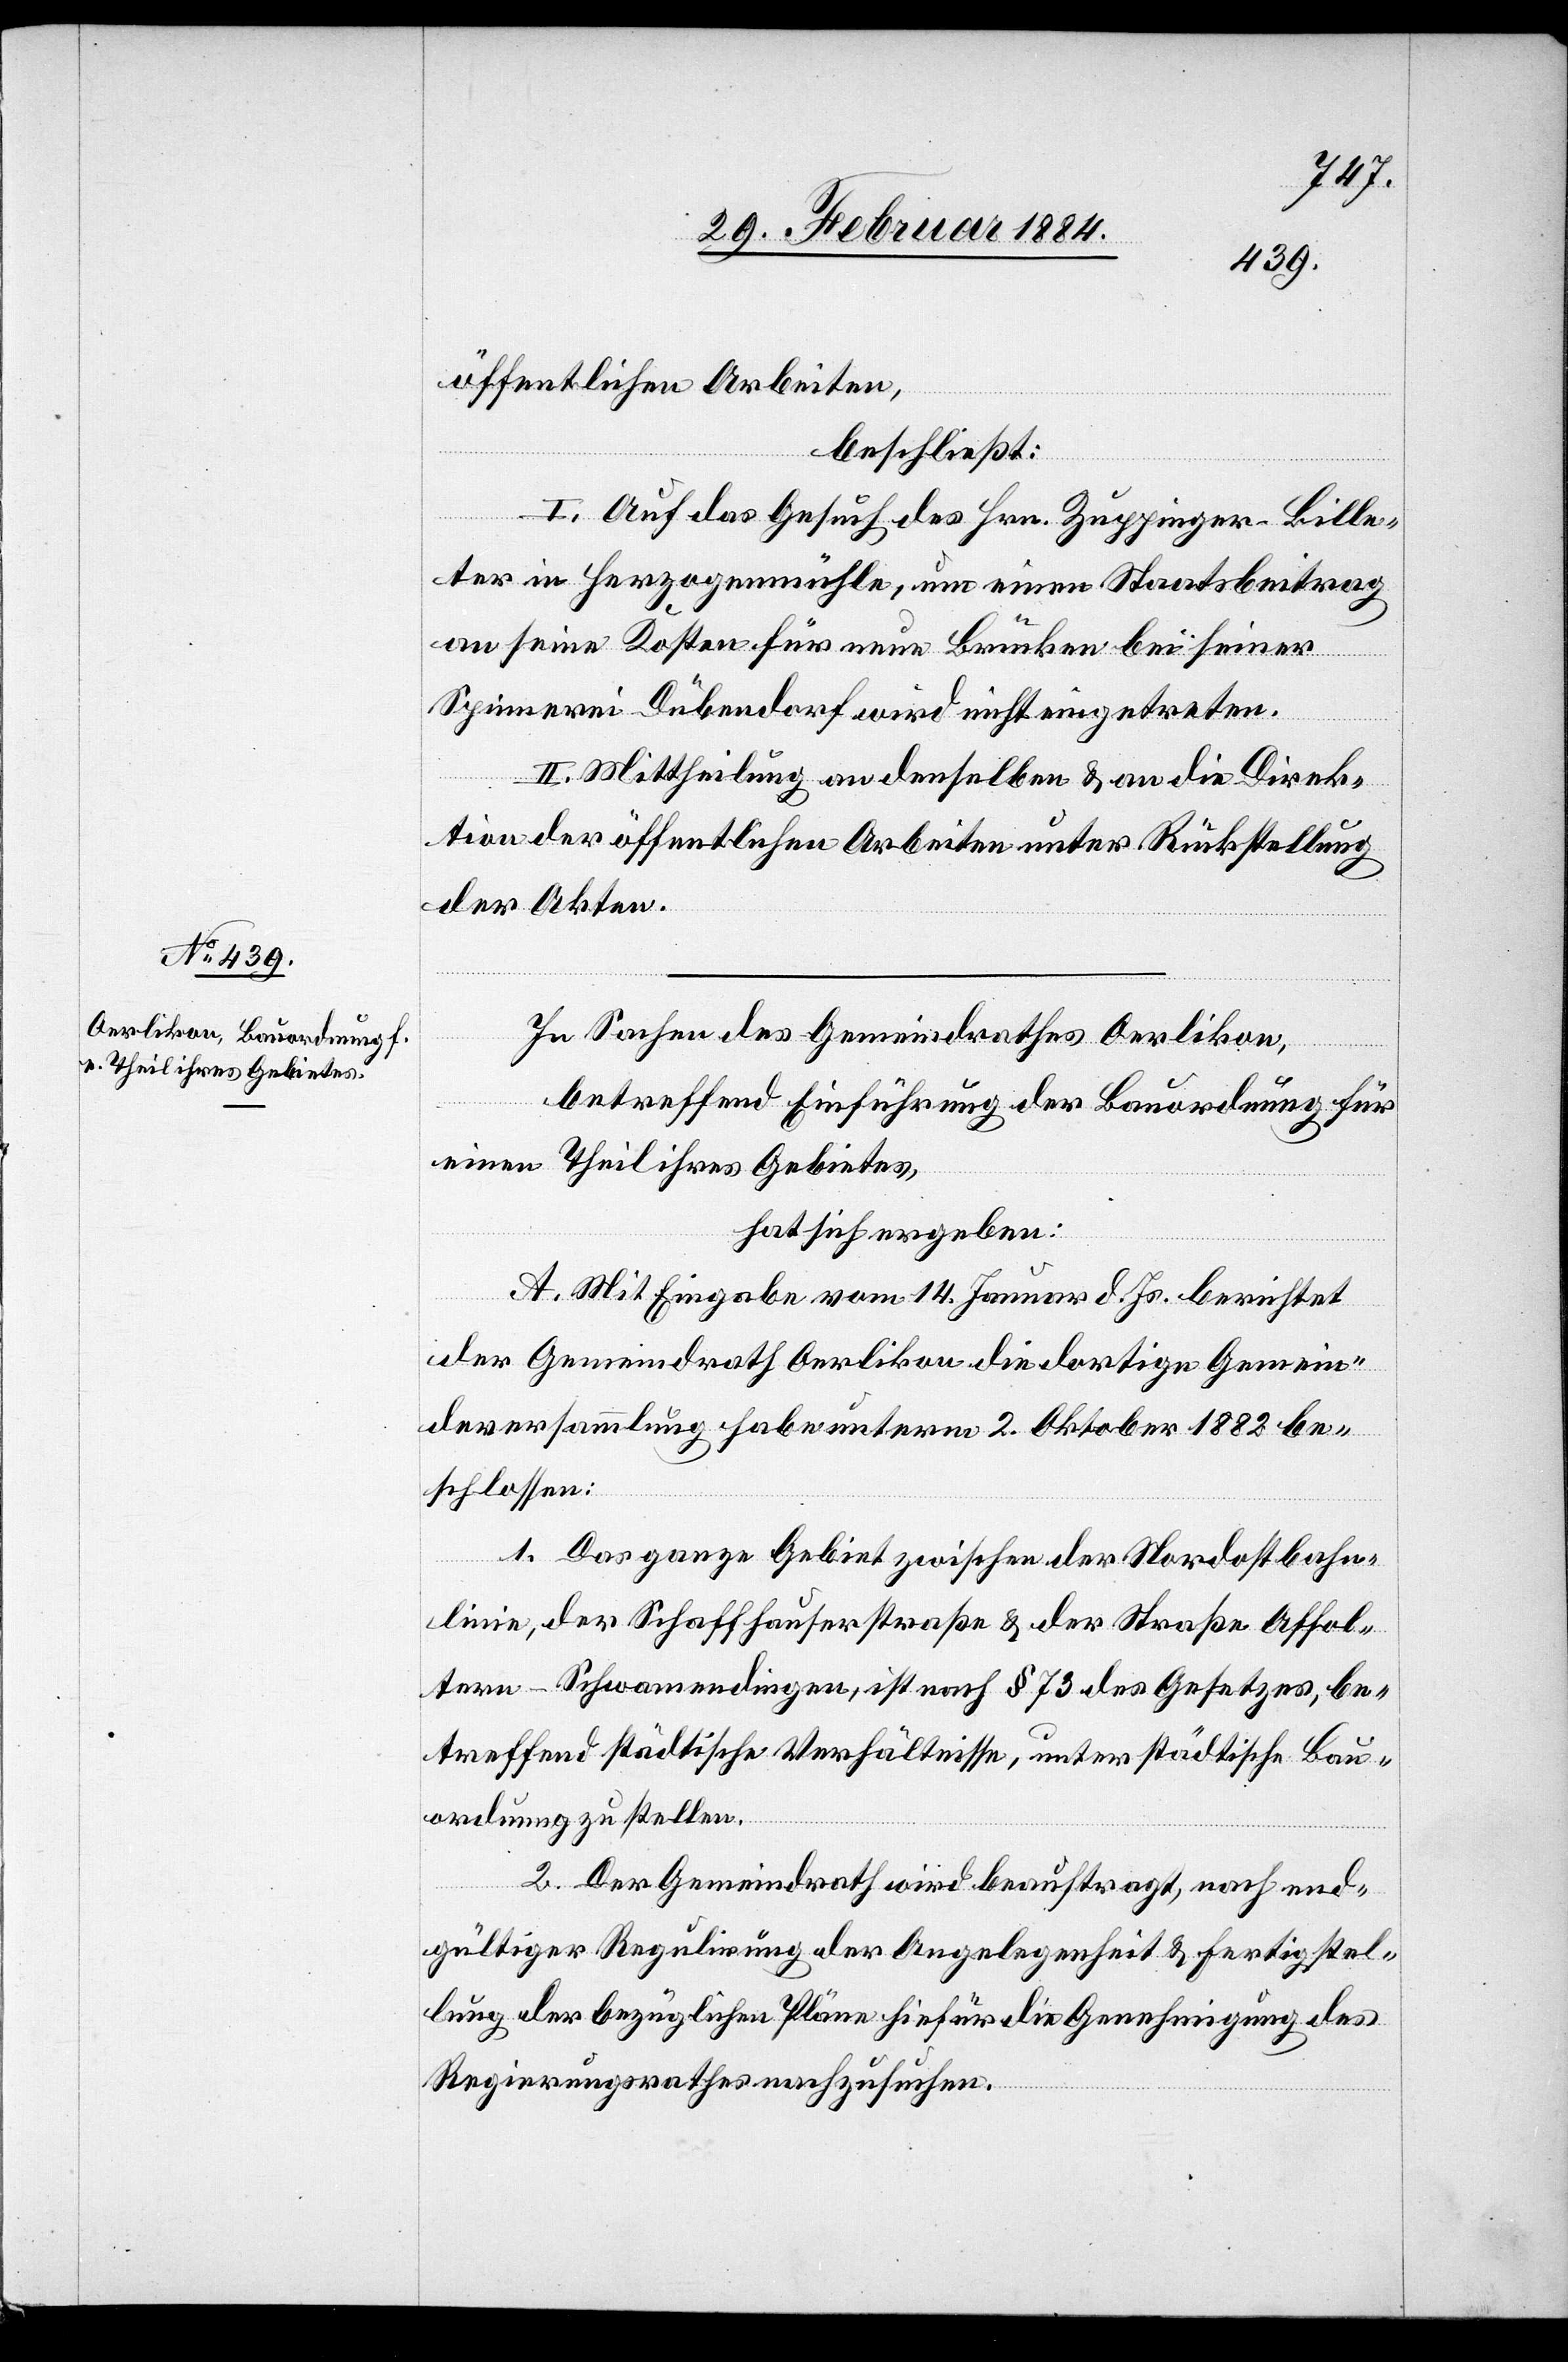
öffentlichen Arbeiten,
beschließt:
I. Auf das Gesuch des Hrn. Zuppinger-Bille¬
ter in Herzogenmühle, um einen Staatsbeitrag
an seine Kosten für neue Brücken bei seiner
Spinnerei Dübendorf wird nicht eingetreten.
II. Mittheilung an denselben & an die Direk¬
tion der öffentlichen Arbeiten unter Rückstellung
der Akten.
In Sachen des Gemeinderathes Oerlikon,
betreffend Einführung der Bauordnung für
einen Theil ihres Gebietes,
hat sich ergeben:
A. Mit Eingabe vom 14. Januar d. Js. berichtet
der Gemeindrath Oerlikon die dortige Gemein¬
deversammlung habe unterm 2. Oktober 1882 be¬
schlossen:
1. Das ganze Gebiet zwischen der Nordostbahn¬
linie, der Schaffhauserstraße & der Straße Affol¬
tern–Schwamendingen, ist nach § 73 des Gesetzes, be¬
treffend städtische Verhältnisse, unter städtische Bau¬
ordnung zu stellen.
2. Der Gemeindrath wird beauftragt, nach end¬
gültiger Regulirung der Angelegenheit & Fertigstel¬
lung der bezüglichen Pläne hiefür die Genehmigung des
Regierungsrathes nachzusuchen.